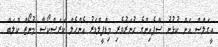
އީގަލްސް އަށް ކުޅުނު ސްޕެއިންގެ ހުނަރުވެރި މިޑްފީލްޑަރު އެންހެލް ކަރަސްކޯސާ މުނޯޒް ކްލަބް